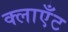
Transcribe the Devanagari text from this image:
क्लाएँट